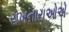
રાખનારાઓએ